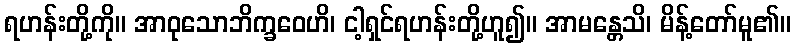
ရဟန်းတို့ကို။ အာဝုသောဘိက္ခဝေဟိ၊ ငါ့ရှင်ရဟန်းတို့ဟူ၍။ အာမန္တေသိ၊ မိန့်တော်မူ၏။